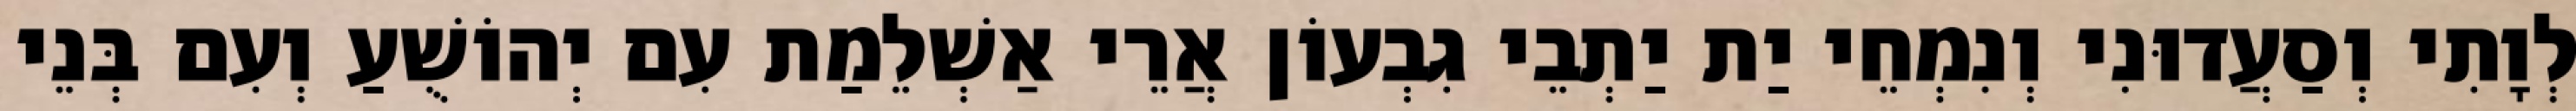
לְוָתִי וְסַעֲדוּנִי וְנִמְחֵי יַת יַתְבֵי גִבְעוֹן אֲרֵי אַשְׁלֵמַת עִם יְהוֹשֻׁעַ וְעִם בְּנֵי